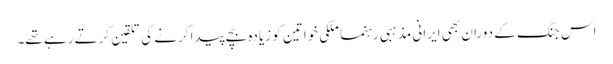
اس جنگ کے دوران بھی ایرانی مذہبی رہنما ملکی خواتین کو زیادہ بچے پیدا کرنے کی تلقین کرتے رہے تھے۔